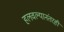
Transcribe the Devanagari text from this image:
हलवल्यानंतरही